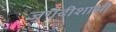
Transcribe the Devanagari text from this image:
जगदीशासी